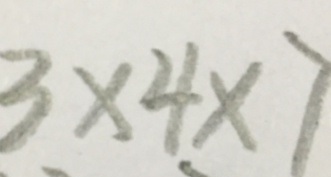
3 \times 4 \times 7